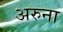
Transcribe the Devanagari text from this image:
अरुना